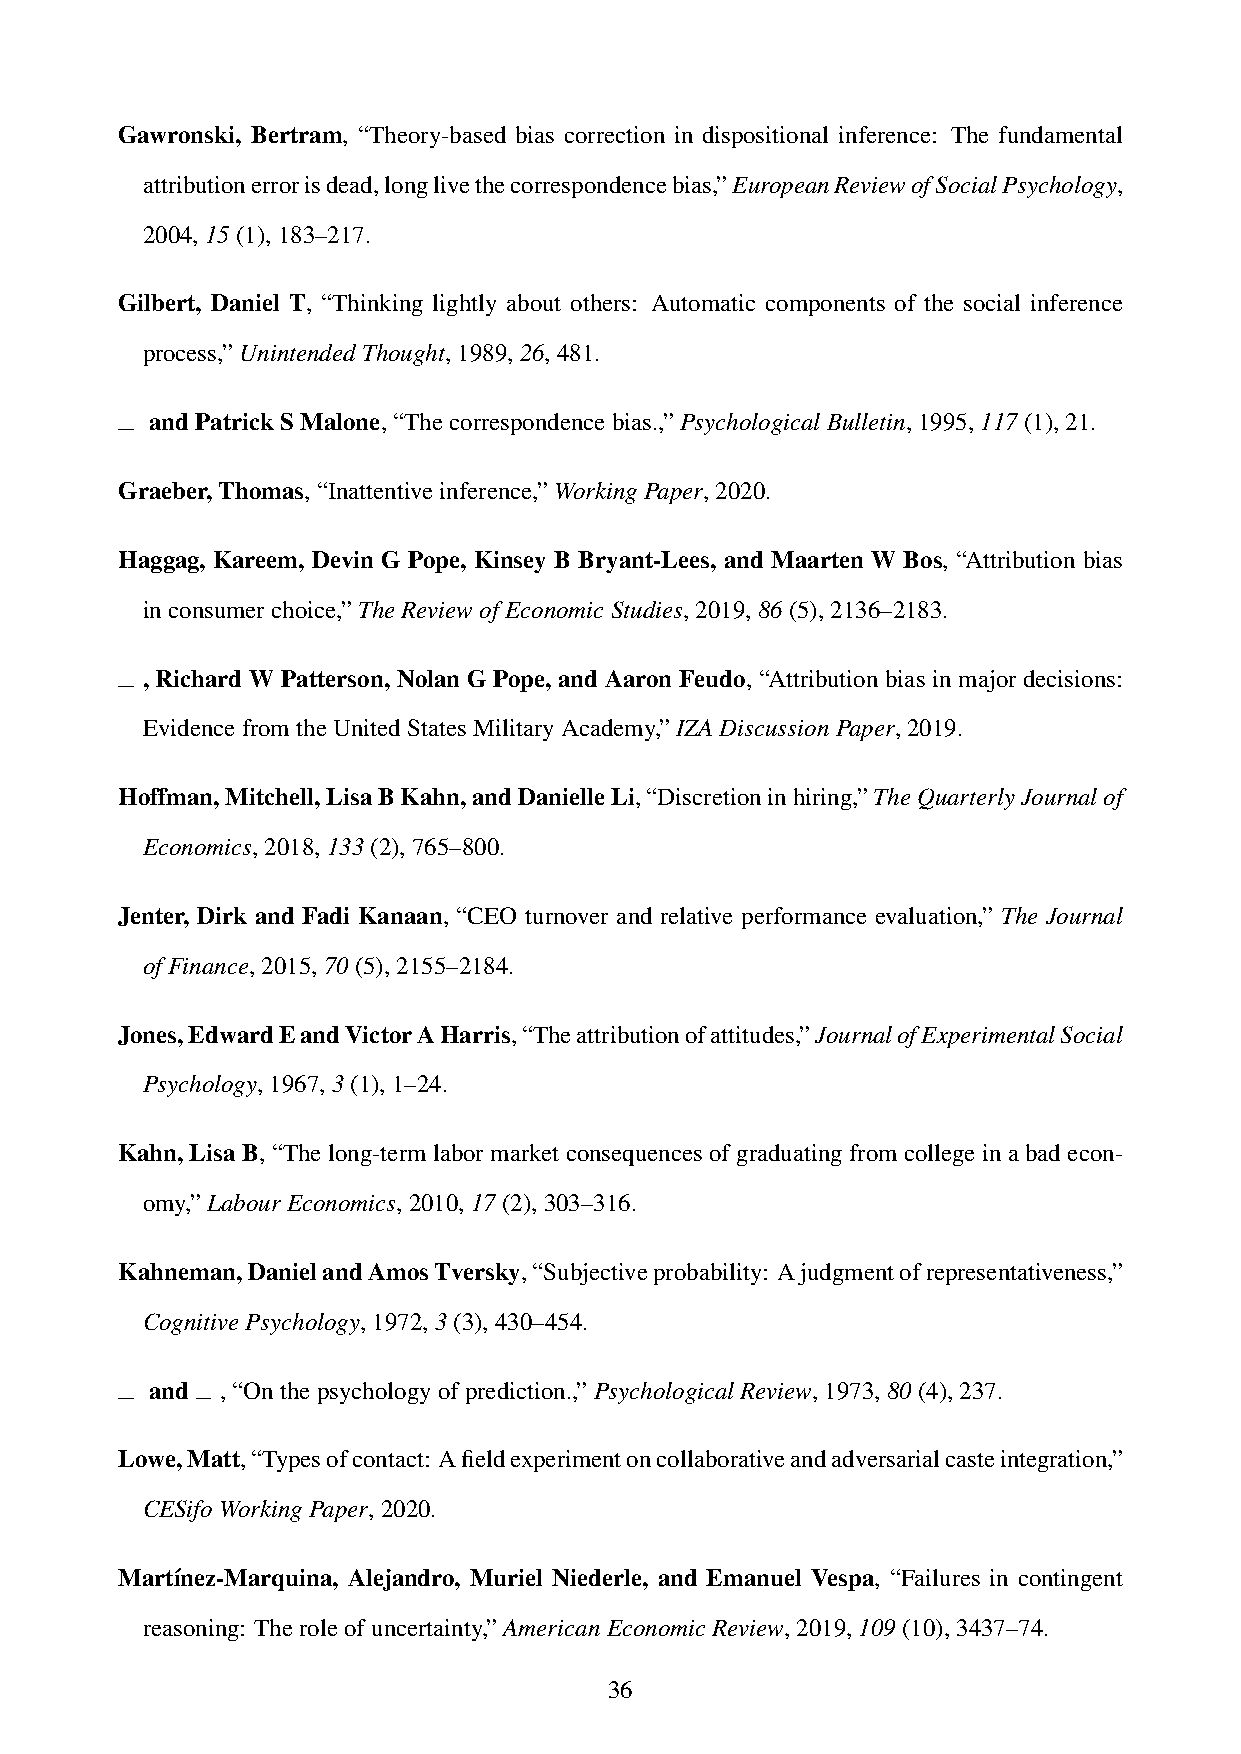
Gawronski, Bertram, “Theory-based bias correction in dispositional inference: The fundamental
 attributionerrorisdead,longlivethecorrespondencebias,”EuropeanReviewofSocialPsychology,
 2004,15(1),183–217.
 Gilbert, Daniel T, “Thinking lightly about others: Automatic components of the social inference
 process,”UnintendedThought,1989,26,481.
 andPatrickSMalone,“Thecorrespondencebias.,”PsychologicalBulletin,1995,117(1),21.
 Graeber,Thomas,“Inattentiveinference,”WorkingPaper,2020.
 Haggag, Kareem, Devin G Pope, Kinsey B Bryant-Lees, and Maarten W Bos, “Attribution bias
 inconsumerchoice,”TheReviewofEconomicStudies,2019,86(5),2136–2183.
 , Richard W Patterson, Nolan G Pope, and Aaron Feudo, “Attribution bias in major decisions:
 EvidencefromtheUnitedStatesMilitaryAcademy,”IZADiscussionPaper,2019.
 Hoffman,Mitchell,LisaBKahn,andDanielleLi,“Discretioninhiring,”TheQuarterlyJournalof
 Economics,2018,133(2),765–800.
 Jenter, Dirk and Fadi Kanaan, “CEO turnover and relative performance evaluation,” The Journal
 ofFinance,2015,70(5),2155–2184.
 Jones,EdwardEandVictorAHarris,“Theattributionofattitudes,”JournalofExperimentalSocial
 Psychology,1967,3(1),1–24.
 Kahn, Lisa B, “The long-term labor market consequences of graduating from college in a bad econ-
 omy,”LabourEconomics,2010,17(2),303–316.
 Kahneman,DanielandAmosTversky,“Subjectiveprobability: Ajudgmentofrepresentativeness,”
 CognitivePsychology,1972,3(3),430–454.
 and  ,“Onthepsychologyofprediction.,”PsychologicalReview,1973,80(4),237.
 Lowe,Matt,“Typesofcontact: Afieldexperimentoncollaborativeandadversarialcasteintegration,”
 CESifoWorkingPaper,2020.
 Mart´ınez-Marquina, Alejandro, Muriel Niederle, and Emanuel Vespa, “Failures in contingent
 reasoning: Theroleofuncertainty,”AmericanEconomicReview,2019,109(10),3437–74.
 36